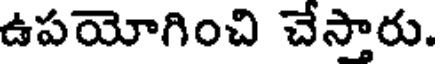
ఉపయోగించి చేస్తారు.